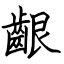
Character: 齦